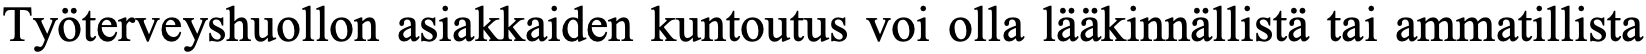
Työterveyshuollon asiakkaiden kuntoutus voi olla lääkinnällistä tai ammatillista